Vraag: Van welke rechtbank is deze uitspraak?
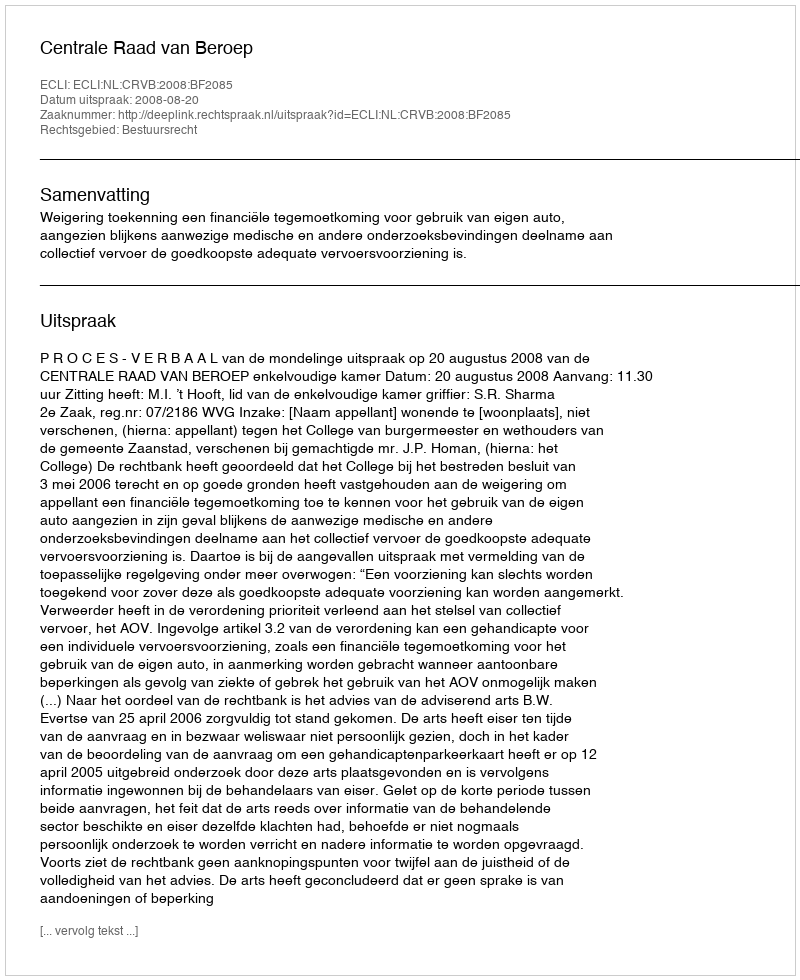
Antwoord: Centrale Raad van Beroep